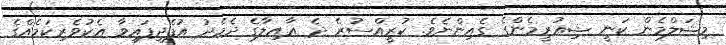
މިޝަލްމެން ކަނީ ޝިއުރީމެންގެ ގެއިންނެވެ. ކުރީއްސުރެ ދެ ޢާއިލާގެ ދެމެދު އުފެދިފައިވާ އެކުވެރިކަމެއްގެ